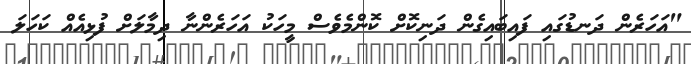
"އަހަރެން ދަނޑުގައި ފައިބައިގެން ދަނިކޮށް ކޮންމެވެސް މީހަކު އަހަރެންނާ ދިމާލަށް ފުޅިއެއް ކަހަލަ